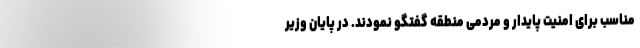
مناسب برای امنیت پایدار و مردمی منطقه گفتگو نمودند. در پایان وزیر